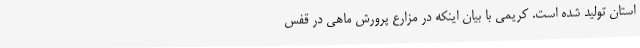
استان تولید شده است. کریمی با بیان اینکه در مزارع پرورش ماهی در قفس